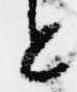
と